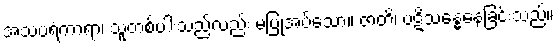
အသပရံကာရာ၊ သူတစ်ပါးသည်လည်း မပြုအပ်သော။ ဇာတိ၊ ပဋိသန္ဓေနေခြင်းသည်။